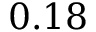
0 . 1 8